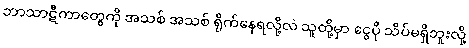
ဘာသာဋီကာတွေကို အသစ် အသစ် ရိုက်နေရလို့လဲ သူတို့မှာ ငွေပို သိပ်မရှိဘူးလို့